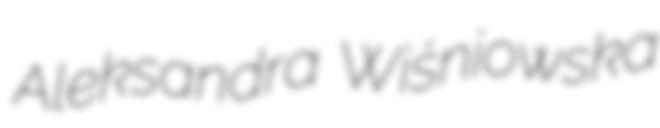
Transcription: Aleksandra Wiśniowska